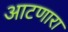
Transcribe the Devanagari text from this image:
आटणारा